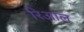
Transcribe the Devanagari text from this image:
रिआल